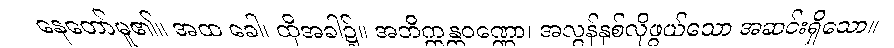
နေတော်မူ၏။ အထ ခေါ၊ ထိုအခါ၌။ အဘိက္ကန္တဝဏ္ဏော၊ အလွန်နှစ်လိုဖွယ်သော အဆင်းရှိသော။